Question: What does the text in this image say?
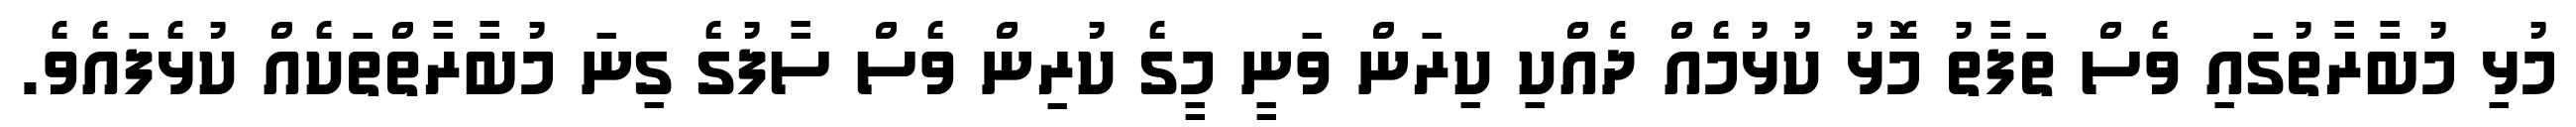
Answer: މުޅި މުބާރާތުގައި ވެސް ތަފާތު މޮޅު ކުޅުމެއް ދެއްކި ކިރަން ވަނީ މީގެ ކުރިން ވެސް ސާފުގެ ގިނަ މުބާރާތްތަކެއް ކުޅެފައެވެ.